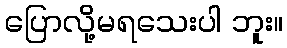
ပြောလို့မရသေးပါ ဘူး။